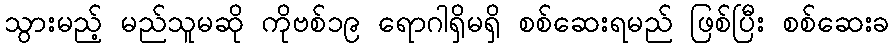
သွားမည့် မည်သူမဆို ကိုဗစ်၁၉ ရောဂါရှိမရှိ စစ်ဆေးရမည် ဖြစ်ပြီး စစ်ဆေးခ